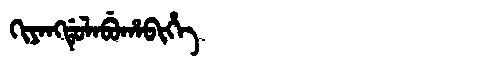
Manchu: ᡴᡳᠶᠠᠩᡩᡠᠯᠠᠪᡠᡥᠠᠪᡳᡥᡝ
Romanization: KIYANGDULABUHABIHE